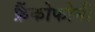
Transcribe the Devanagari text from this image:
फ्रैंकोफोनी